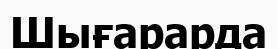
Шығарарда